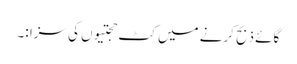
گائے ذبح کرنے میں کٹ حجتیوں کی سزا :۔